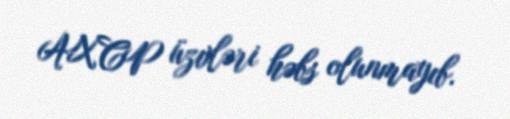
AXCP üzvləri həbs olunmayıb.